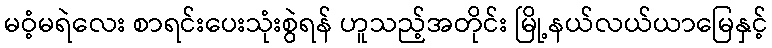
မဝံ့မရဲလေး စာရင်းပေးသုံးစွဲရန် ဟူသည့်အတိုင်း မြို့နယ်လယ်ယာမြေနှင့်